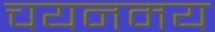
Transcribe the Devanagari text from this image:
चयनमय